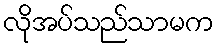
လိုအပ်သည်သာမက